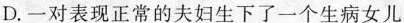
D. 一对表现正常的夫妇生下了一个生病女儿